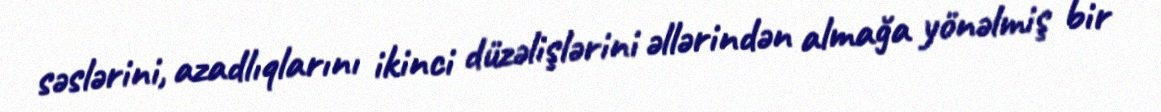
səslərini, azadlıqlarını ikinci düzəlişlərini əllərindən almağa yönəlmiş bir